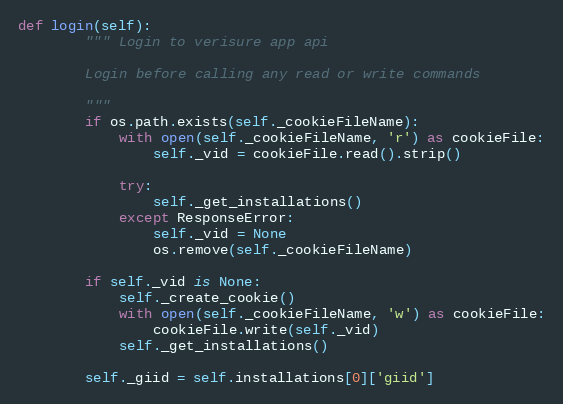
Language: Python
def login(self):
        """ Login to verisure app api

        Login before calling any read or write commands

        """
        if os.path.exists(self._cookieFileName):
            with open(self._cookieFileName, 'r') as cookieFile:
                self._vid = cookieFile.read().strip()

            try:
                self._get_installations()
            except ResponseError:
                self._vid = None
                os.remove(self._cookieFileName)

        if self._vid is None:
            self._create_cookie()
            with open(self._cookieFileName, 'w') as cookieFile:
                cookieFile.write(self._vid)
            self._get_installations()

        self._giid = self.installations[0]['giid']